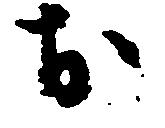
お